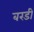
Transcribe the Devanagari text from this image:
बरडी